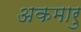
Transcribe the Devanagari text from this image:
अकमारु